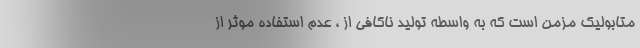
متابولیک مزمن است که به واسطه تولید ناکافی از ، عدم استفاده موثر از